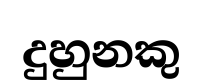
දුහුනකු